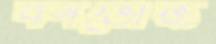
বনভোজ